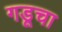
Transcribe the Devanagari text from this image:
गडूचा